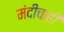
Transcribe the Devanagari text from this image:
मंदीचाही